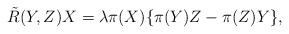
LaTeX: \begin{align*}\tilde{R}(Y, Z)X=\lambda \pi(X)\{\pi(Y)Z-\pi(Z)Y\},\end{align*}